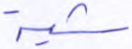
شية